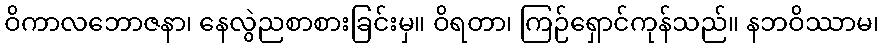
ဝိကာလဘောဇနာ၊ နေလွဲညစာစားခြင်းမှ။ ဝိရတာ၊ ကြဉ်ရှောင်ကုန်သည်။ နဘဝိဿာမ၊